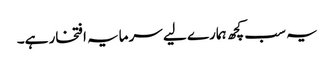
یہ سب کچھ ہمارے لیے سرمایہ افتخار ہے۔